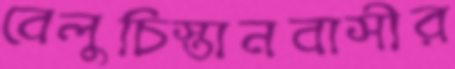
বেলুচিস্তানবাসীর